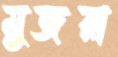
মুজরা